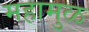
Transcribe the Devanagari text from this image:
महामुळ